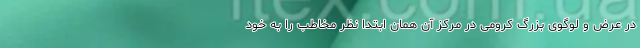
در عرض و لوگوی بزرگ کرومی در مرکز آن همان ابتدا نظر مخاطب را به خود